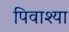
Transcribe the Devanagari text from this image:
पिवाश्या